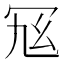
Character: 𠖂